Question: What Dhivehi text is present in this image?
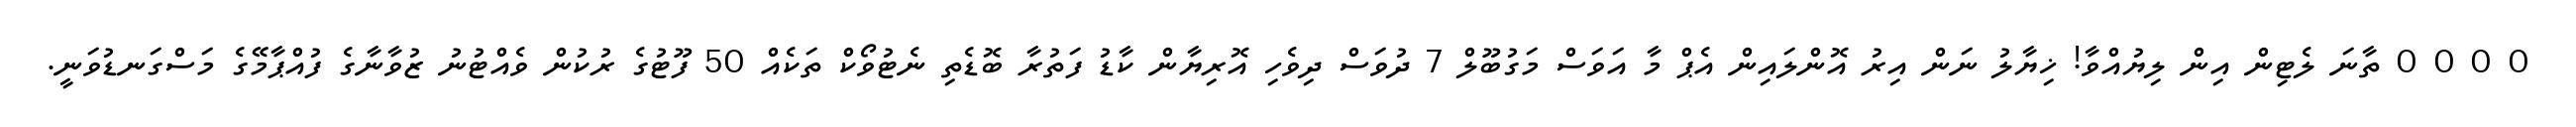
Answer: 0 0 0 0 ތާނަ ލެޓިން އިން ލިޔުއްވާ! ޚިޔާލު ނަން އިރު އޮންލައިން އެޕް މާ އަވަސް މަގުބޫލް 7 ދުވަސް ދިވެހި އޮރިޔާން ކާޑު ފަތުރާ ބޮޑެތި ނެޓުވޯކް ތަކެއް 50 ފޫޓުގެ ރުކުން ވެއްޓުނު ޒުވާނާގެ ފުއްޕާމޭގެ މަސްގަނޑުވަނީ.